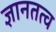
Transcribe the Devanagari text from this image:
ज्ञानतत्व